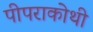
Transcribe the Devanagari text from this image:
पीपराकोथी